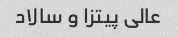
عالی پیتزا و سالاد